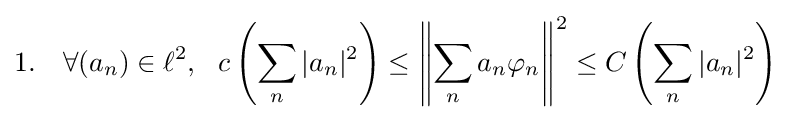
1.\quad \forall (a_{n})\in \ell ^{2},\ \ c\left(\sum _{n}|a_{n}|^{2}\right)\leq \left\Vert \sum _{n}a_{n}\varphi _{n}\right\Vert ^{2}\leq C\left(\sum _{n}|a_{n}|^{2}\right)